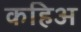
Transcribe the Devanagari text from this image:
कहिअ